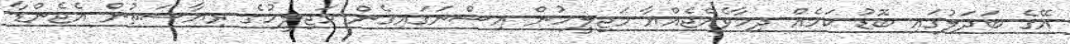
އޭގެ ބަދަލުގައި ބޮޑު ކަމެއް ދިމާވެއްޖެއްޔާ މަޖިލީހުން އިސްނަގައިގެން މަޖިލީހުގެ ރިޔާސަތުން އެޖެންޑާ